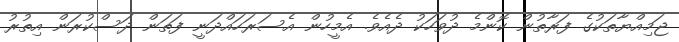
ޖަމިއްޔާތަކުގެ ފަރާތުން ކޮންމެ ދުވަހަކު ދެއެވެ. އެމީހުން އެސަރަހައްދަނީ ފަތަން ދަސްކުރަން އިތުރު